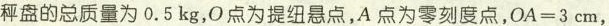
秤盘的总质量为0.5kg，O点为提纽悬点，A点为零刻度点，$$O A = 3 c m $$，